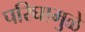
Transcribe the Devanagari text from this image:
परिघामुळे